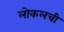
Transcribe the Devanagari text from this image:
लोकलची